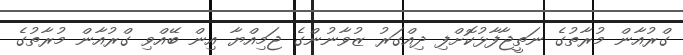
ގްރުއާން މުރާތުގެ ނަތީޖާފާޅުކޮށްފި ދިއްގަރު ޒުވާނުންގެ ޖަމިއްޔާ އިން ބޭއްވި ގްރުއާން މުރާތުގެ